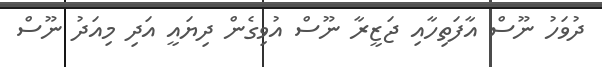
ދުވަހު ނޫސް އާފަތިހާއި ޖަޒީރާ ނޫސް އުވިގެން ދިޔައީ އަދި މިއަދު ނޫސް